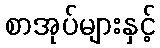
စာအုပ်များနှင့်